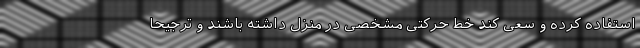
استفاده کرده و سعی کند خط حرکتی مشخصی در منزل داشته باشند و ترجیحا